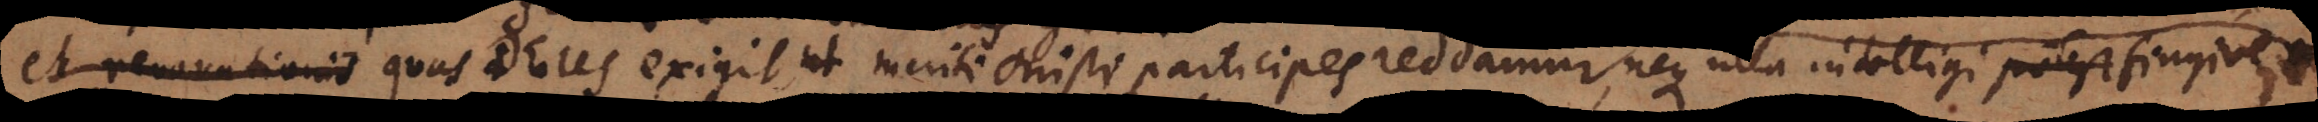
conditiones quas Deus exigit, ut meriti Christi participes reddamur, neque ulla intelligi fingive